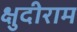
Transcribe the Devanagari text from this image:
क्षुदीराम